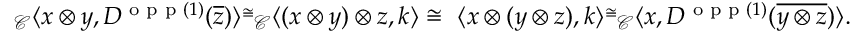
\begin{array} { r } { _ { \mathcal { C } } \langle x \otimes y , D ^ { \textnormal { o p p } ( 1 ) } ( \overline { { z } } ) \rangle \overset { \cong } \ _ { \mathcal { C } } \langle ( x \otimes y ) \otimes z , k \rangle \cong \ \langle x \otimes ( y \otimes z ) , k \rangle \overset { \cong } \ _ { \mathcal { C } } \langle x , D ^ { \textnormal { o p p } ( 1 ) } ( \overline { { y \otimes z } } ) \rangle . } \end{array}